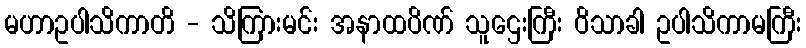
မဟာဥပါသိကာတိ - သိကြားမင်း အနာထပိဏ် သူဌေးကြီး ဝိသာခါ ဥပါသိကာမကြီး